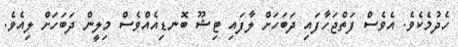
ހެދުމެކެވެ. އެވެސް ފަތްޖަހާފައި ދަބަހަށް ލާފައި ޓިޝޫ ބޮނޑިއެއްވެސް މިލީން ދަބަހަށް ލިއެވެ.